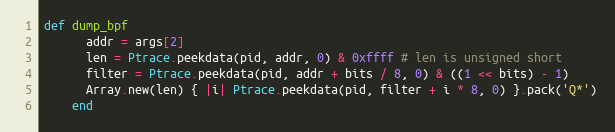
Language: Ruby
def dump_bpf
      addr = args[2]
      len = Ptrace.peekdata(pid, addr, 0) & 0xffff # len is unsigned short
      filter = Ptrace.peekdata(pid, addr + bits / 8, 0) & ((1 << bits) - 1)
      Array.new(len) { |i| Ptrace.peekdata(pid, filter + i * 8, 0) }.pack('Q*')
    end